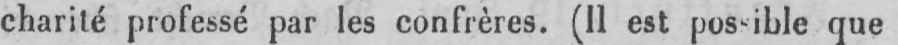
charité professé par les confrères. (Il est possible que